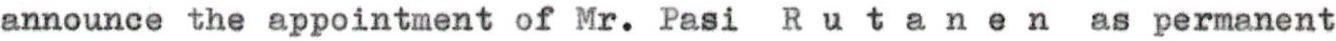
announce the appointment of Mr. Pasi Rutanen as permanent